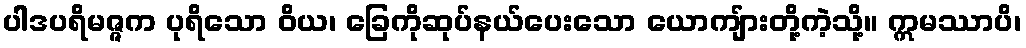
ပါဒပရိမဇ္ဇက ပုရိသော ဝိယ၊ ခြေကိုဆုပ်နယ်ပေးသော ယောကျ်ားတို့ကဲ့သို့။ ဣမဿာပိ၊